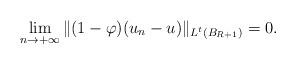
LaTeX: \begin{align*}\lim_{n \to +\infty} \|(1-\varphi) (u_n-u) \|_{L^t(B_{R+1})} =0.\end{align*}